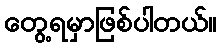
တွေ့ရမှာဖြစ်ပါတယ်။